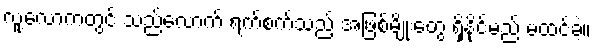
လူ့လောကတွင် သည်လောက် ရက်စက်သည့် အဖြစ်မျိုးတွေ ရှိနိုင်မည် မထင်ခဲ့။